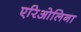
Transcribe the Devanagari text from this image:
एरिओलिना